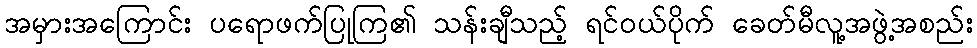
အမှားအကြောင်း ပရောဖက်ပြုကြ၏ သန်းချီသည့် ရင်ဝယ်ပိုက် ခေတ်မီလူ့အဖွဲ့အစည်း